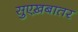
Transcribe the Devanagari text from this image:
सुएख़बातर